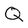
Character: Q